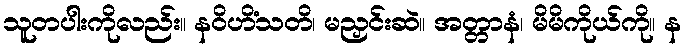
သူတပါးကိုလည်း။ နဝိဟိံသတိ၊ မညှင်းဆဲ။ အတ္တာနံ၊ မိမိကိုယ်ကို။ န